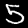
Label: 5